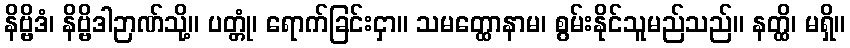
နိဗ္ဗိဒံ၊ နိဗ္ဗိဒါဉာဏ်သို့။ ပတ္တုံ၊ ရောက်ခြင်းငှာ။ သမတ္ထောနာမ၊ စွမ်းနိုင်သူမည်သည်။ နတ္ထိ၊ မရှိ။